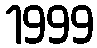
1999